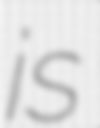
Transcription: is